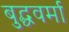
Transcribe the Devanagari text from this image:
बुद्धवर्मा